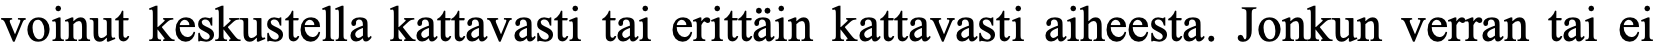
voinut keskustella kattavasti tai erittäin kattavasti aiheesta. Jonkun verran tai ei